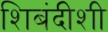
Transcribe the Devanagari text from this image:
शिबंदीशी